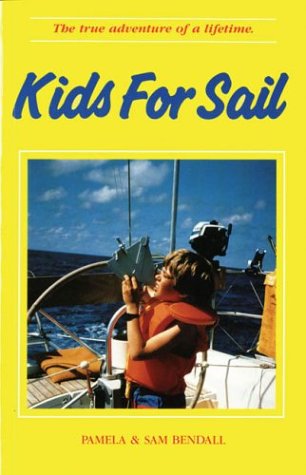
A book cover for Kids for Sail; Pamela Bendall; Children's Books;